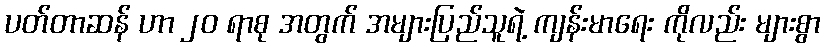
ပတ်တာဆန် ဟာ ၂၀ ရာစု အတွက် အများပြည်သူရဲ့ ကျန်းမာရေး ကိုလည်း များစွာ